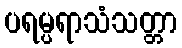
ပရမ္ပရာသံသတ္တာ